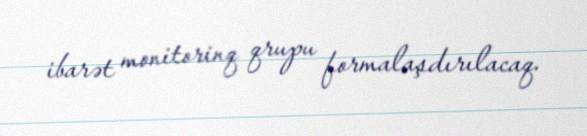
ibarət monitorinq qrupu formalaşdırılacaq.